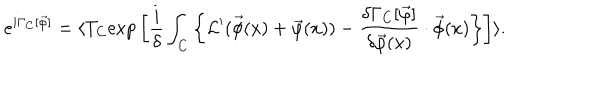
e ^ { i \Gamma _ { C } [ \vec { \varphi } ] } = \langle T _ { C } \mathrm { e x p } \left[ \frac { i } { \delta } \int _ { C } \left\{ { \cal L } ^ { \prime } ( \vec { \phi } ( x ) + \vec { \varphi } ( x ) ) - \frac { \delta \Gamma _ { C } [ \vec { \varphi } ] } { \delta \vec { \varphi } ( x ) } \cdot \vec { \phi } ( x ) \right\} \right] \rangle .